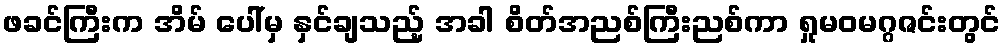
ဖခင်ကြီးက အိမ် ပေါ်မှ နှင်ချသည့် အခါ စိတ်အညစ်ကြီးညစ်ကာ ရှုမဝမဂ္ဂဇင်းတွင်